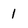
Character: 1